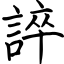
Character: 誶